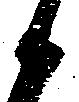
候